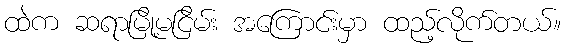
ထဲက ဆရာမြို့မငြိမ်း အကြောင်းမှာ ထည့်လိုက်တယ်။